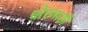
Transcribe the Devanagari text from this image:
धोरणाशी